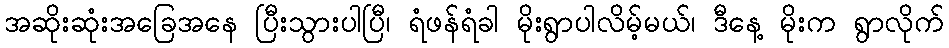
အဆိုးဆုံးအခြေအနေ ပြီးသွားပါပြီ၊ ရံဖန်ရံခါ မိုးရွာပါလိမ့်မယ်၊ ဒီနေ့ မိုးက ရွာလိုက်